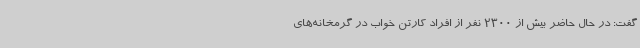
گفت: در حال حاضر بیش از 2300 نفر از افراد کارتن خواب در گرمخانه‌های